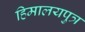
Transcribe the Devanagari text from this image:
हिमालयपुत्र